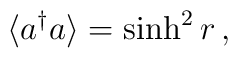
\langle a^\dagger a \rangle = \sinh^2 r \, ,